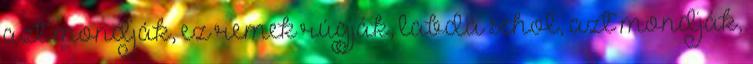
azt mondják, ez remek rúgják, labda sehol, azt mondják,